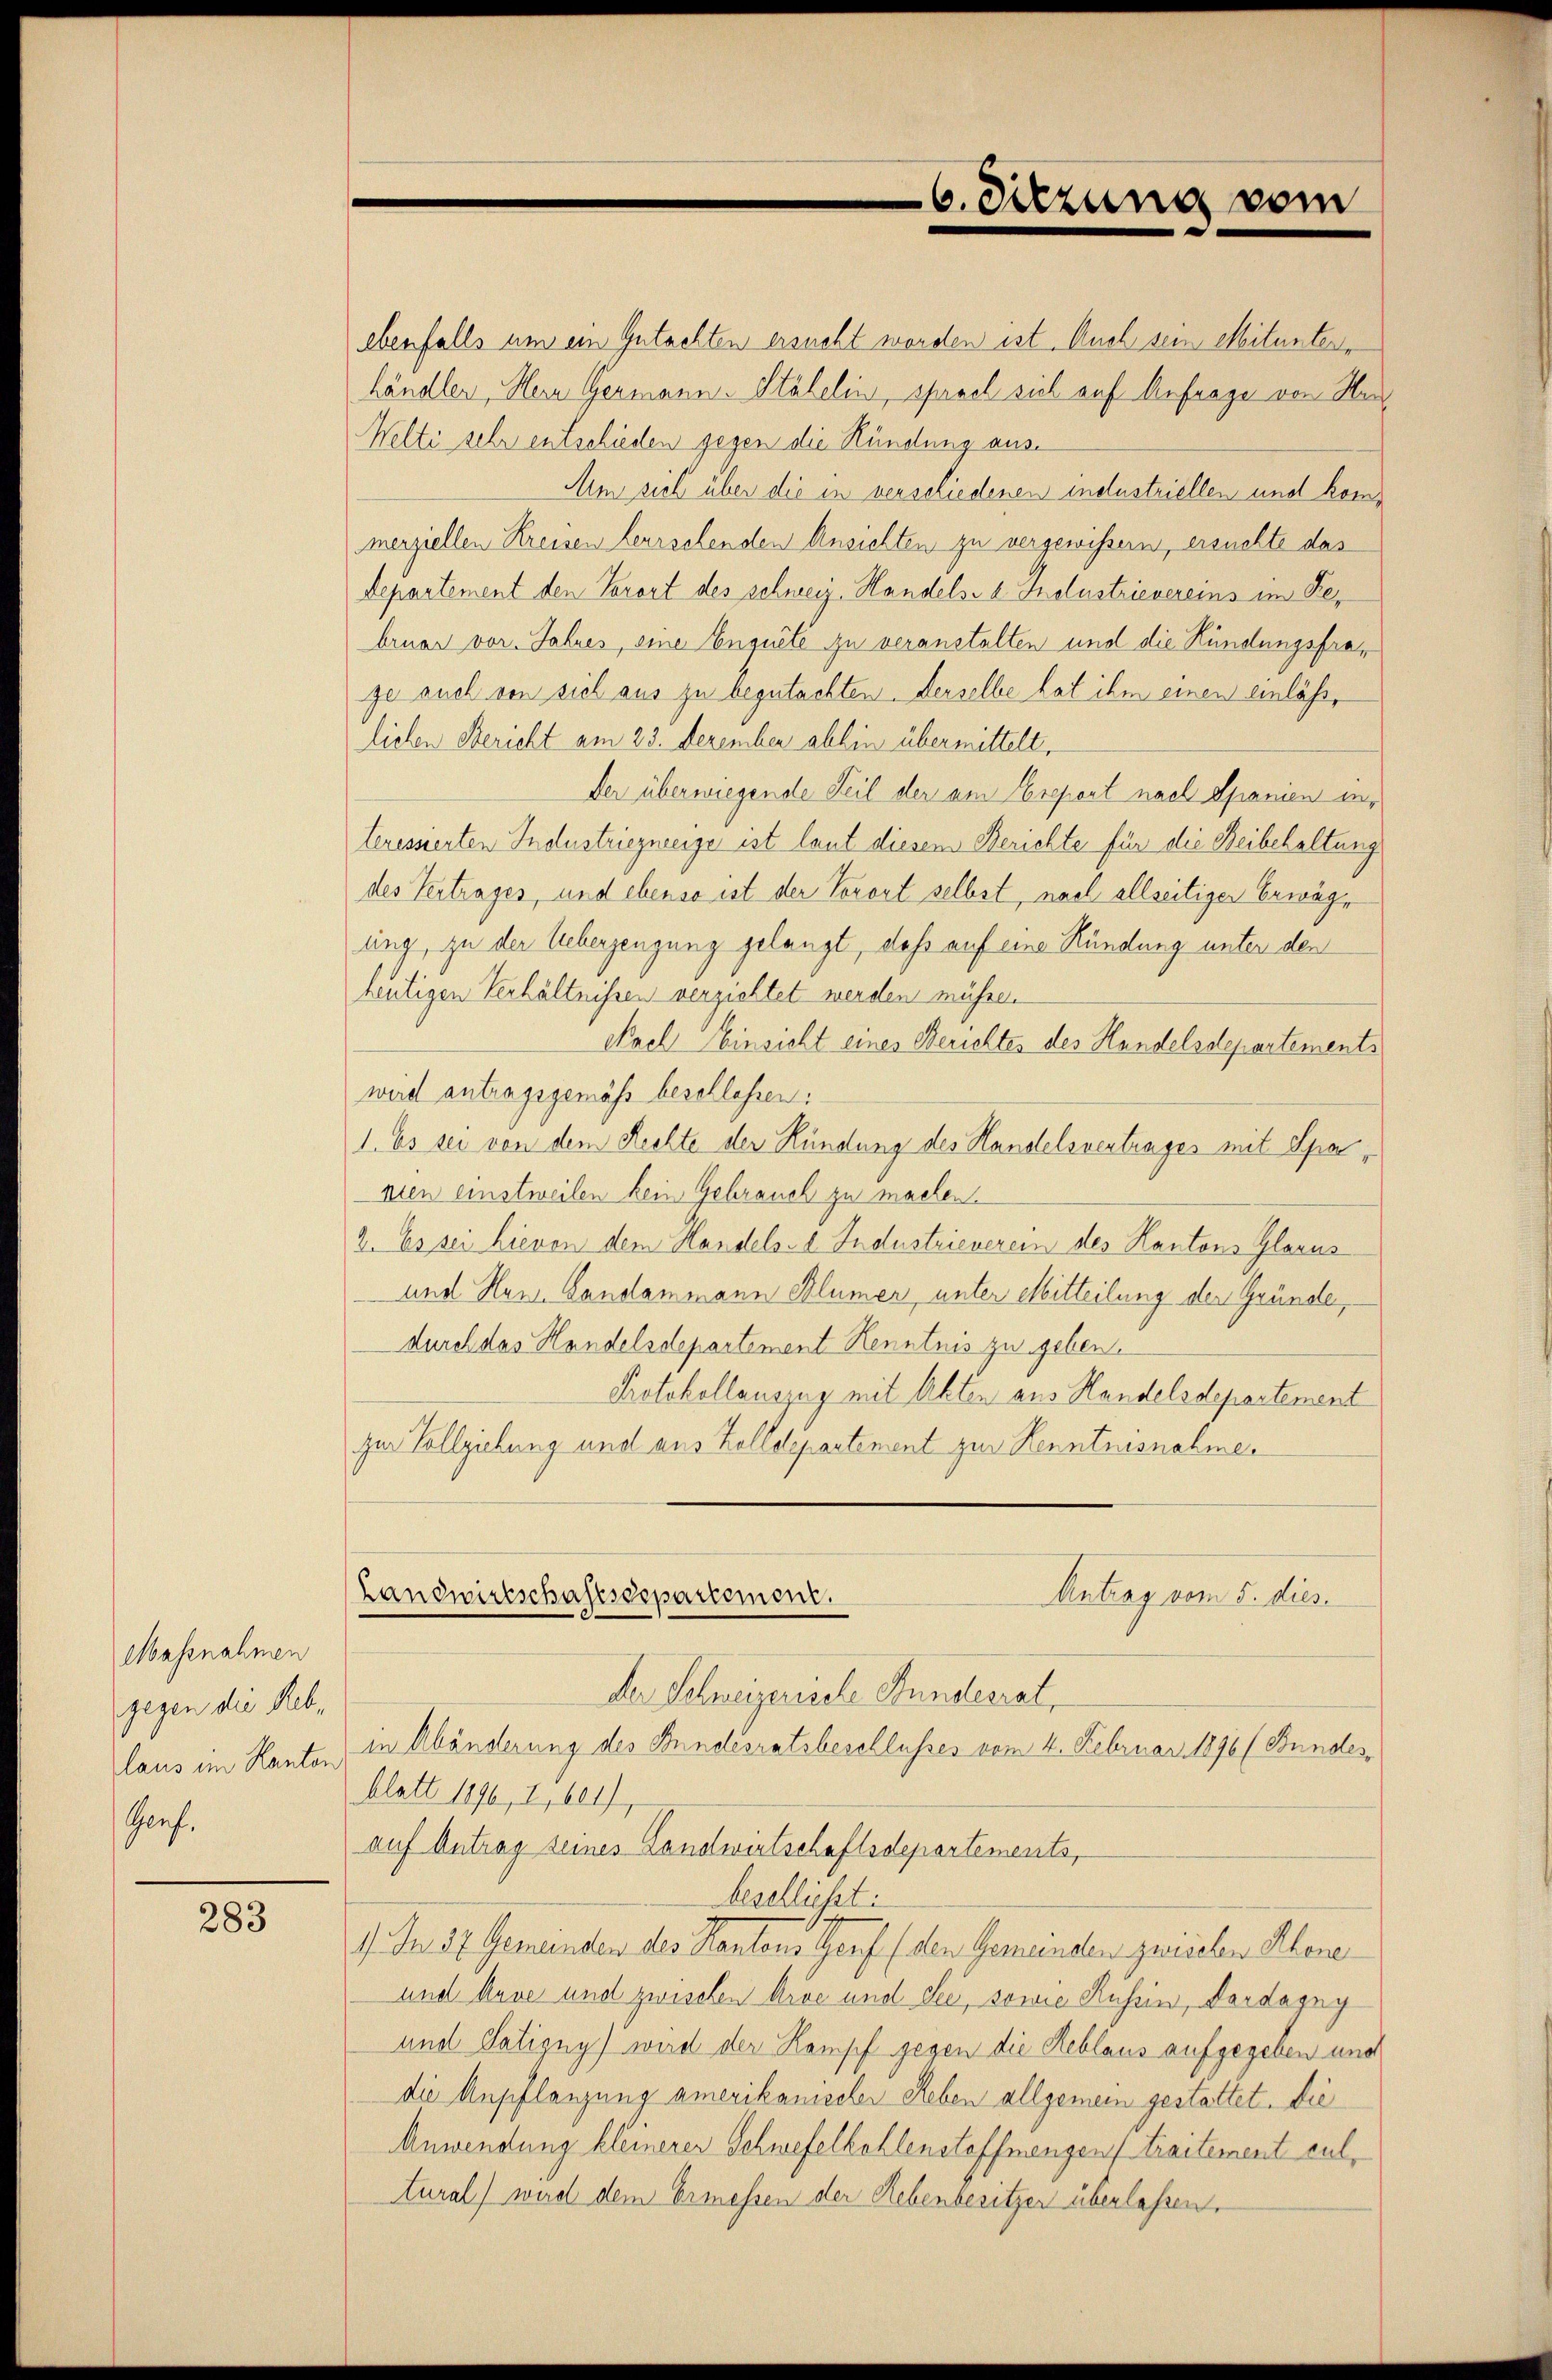
Massnahmen
gegen die Reblaus im Kanton
Graf.

283

6. Sitzung vom

ebenfalls um ein Gutachten ersucht worden ist. Auch sein Mitunterhändler, Herr Germann-Stähelin, sprach viel auf Anfrage von Her¬
Welti sehr entschieden gegen die Kündung aus¬
Am sich über die in verschiedenen industriellen und kommerziellen Kreisen herrschenden Ansichten zu vergewissern, ersuchte das
Departement den Vorort des schweiz. Handels- 2 Tolustrievereins im Februar vor. Jahres, eine Enguete zu veranstalten und die Kündungsfraje auch von sich aus zu begutachten. Derselbe hat ihm einen einlässe
lichen Bericht am 23. Dezember abhin übermittelt,
Der überwiegende Teil der am Erepent nach Spanien interessierten Industriezneeige ist laut diesem Berichte für die Beibehaltung
des Vertrages, und ebenso ist der Vorort selbst, nach allseitiger Erwäge
ung, zu der Ueberzeugung gelangt, daß auf eine Kündung unter den
heutigen Verhältnissen verzichtet werden müssen
Nach Einsicht eines Berichtes des Handelsdepartements
wird antragsgemäß beschlossen:
1. Es sei von dem Rechte der Kündung des Handelsvertrages mit Spanien einstweilen kein Gebrauch zu machen.
2. Es sei hievon dem Handels- 1. Industrieverein des Kantons Glarus
und Neue Landammann Blümer, unter Mitteilung der Gründe,
durch das Handelsdepartement Kenntnis zu geben.
Protokollauszug mit Akten aus Handelsdepartement
zur Vollziehung und aus Zolldepartement zur Kenntnisnahmen
Antrag vom 5. dies.
Landwirtschaftsdepartement.
Der Schweizerische Stundesrat,
in Abänderung des Bundesratsbeschlusses vom 4. Februar 1896 (Bundesblatt 1896, 2, 601),
auf Antrag seines Landwirtschaftsdepartements,
beschließt:
1). Da 17 Gemeinden des Kantons Genf (den Gemeinden zwischen Klene
und Auge und zwischen Arve und sei, sowie Russin, Vordagny
und Satigny wird der Kampf gegen die Reblaus aufgegeben und
die Anpflanzung amerikanischer Reben allgemein gestattet. Die
Anwendung kleinerer Schwefelkohlenstoffmangen traitement cultural) wird dem Ermessen der Hebenbesitzen überlassen.